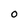
Character: 0